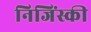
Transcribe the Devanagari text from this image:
निजिंस्की